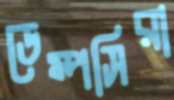
ডেম্পসিরা